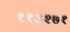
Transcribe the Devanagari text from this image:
११३२७१